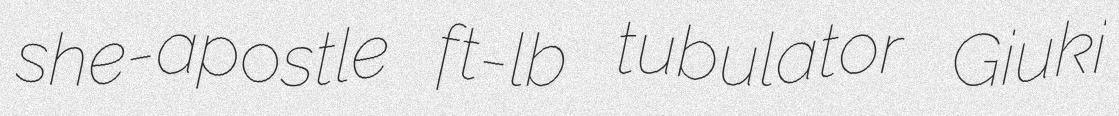
she-apostle ft-lb tubulator Giuki